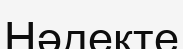
Нәдекте